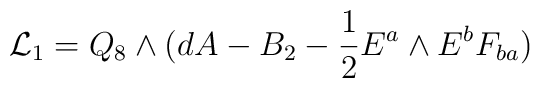
{\cal{L}}_{1} = Q_{8} \wedge (dA-B_2  - {1 \over 2} E^{a} \wedge E^{b} F_{ba})